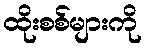
ထိုးစစ်များကို